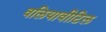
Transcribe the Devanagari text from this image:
वलियावीटिल